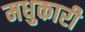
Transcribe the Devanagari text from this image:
मधुकारी